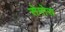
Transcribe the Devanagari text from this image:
सेमोस